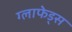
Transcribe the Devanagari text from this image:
ग्लाफेड्स